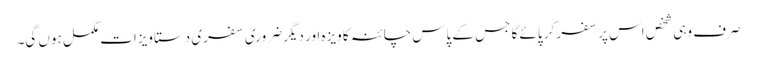
صرف وہی شخص اس پر سفر کر پائے گا جس کے پاس چائنہ کا ویزہ اور دیگر ضروری سفری دستاویزات مکمل ہوں گی۔